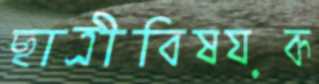
ছাত্রীবিষয়ক